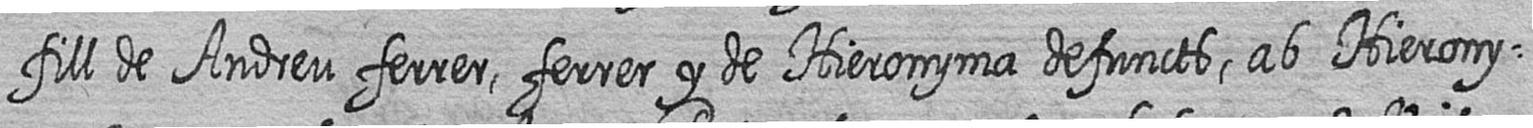
fill de Andreu ferrer ferrer y de Hieronyma defuncts ab Hierony=